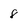
Character: 8